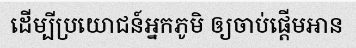
ដើម្បីប្រយោជន៍អ្នកភូមិ ឲ្យចាប់ផ្តើមអាន